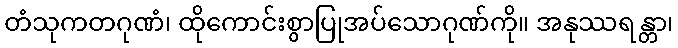
တံသုကတဂုဏံ၊ ထိုကောင်းစွာပြုအပ်သောဂုဏ်ကို။ အနုဿရန္တာ၊